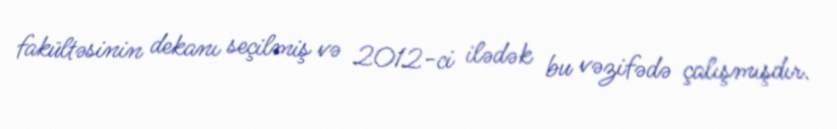
fakültəsinin dekanı seçilmiş və 2012-ci ilədək bu vəzifədə çalışmışdır.